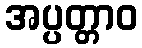
အပ္ပတ္တာဝ